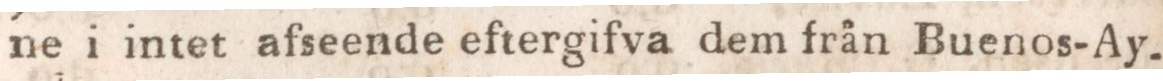
ne i intet afseende eftergifva dem från Buenos-Ay-